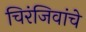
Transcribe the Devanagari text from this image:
चिरंजिवांचे